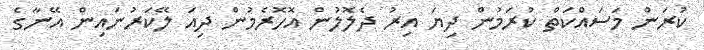
ކުރަން މަސައްކަތް ކުރަމުން ދިޔަ އިރު ދެލޮލުން އޮހޮރެމުން ދިއަ ލޭކަރުނައިން އޭނާގެ